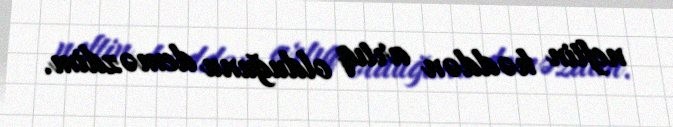
neftin həddən artıq olduğunu deməzdim.